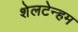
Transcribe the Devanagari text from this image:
शेलटेन्हम